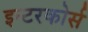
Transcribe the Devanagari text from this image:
इन्टरकोर्स